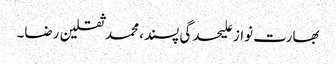
بھارت نواز علیحدگی پسند، محمد ثقلین رضا۔